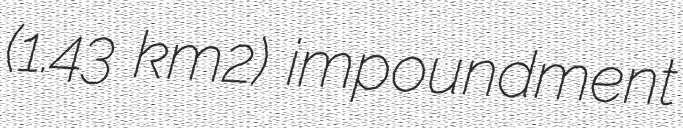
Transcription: (1.43 km2) impoundment